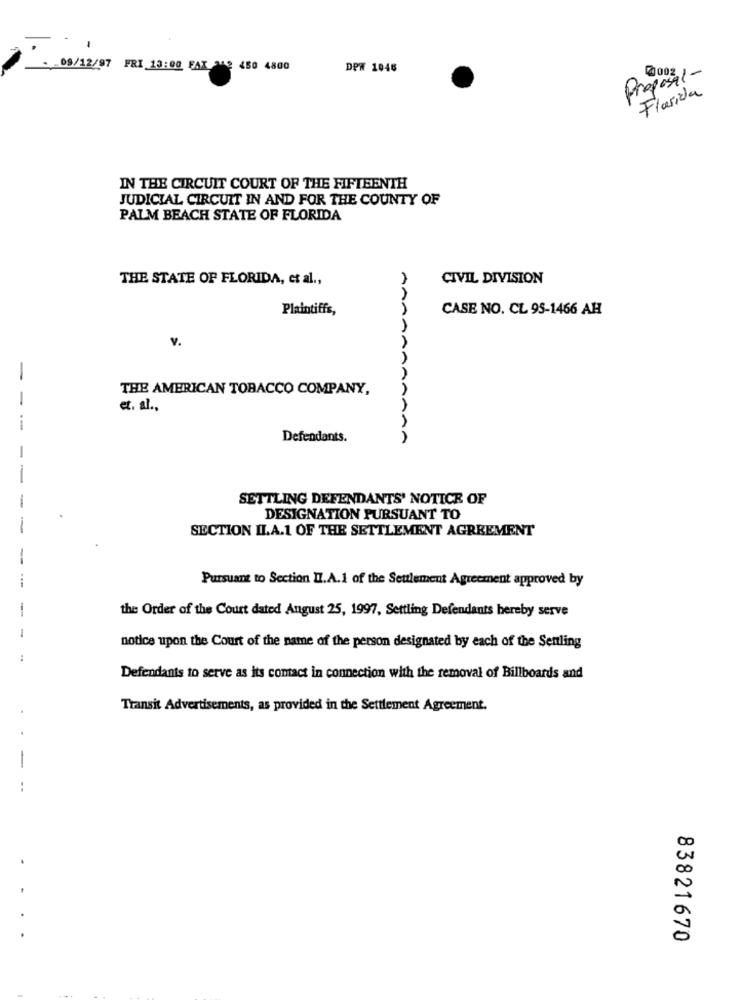
.
.- 09/12/97 FRI 13:00 FAX 242 450 4800
DP# 1046
Proposal-
2 003
Florida
IN THE CIRCUIT COURT OF THE FIFTEENTH
JUDICIAL CIRCUIT IN AND FOR THE COUNTY OF
PALM BEACH STATE OF FLORIDA
THE STATE OF FLORIDA, et al .,
CIVIL DIVISION
Plaintiffs,
CASE NO. CL 95-1466 AH
v.
-
THE AMERICAN TOBACCO COMPANY,
et. al .,
Defendants.
AAAAAAAAAA
-
-
SETTLING DEFENDANTS' NOTICE OF
DESIGNATION PURSUANT TO
-
SECTION IL.A.1 OF THE SETTLEMENT AGREEMENT
-
Pursuant to Section II.A.1 of the Seulement Agreement approved by
-
the Order of the Court dated Angust 25, 1997, Settling Defendants hereby serve
-
notice upon the Court of the name of the person designated by each of the Sentling
:
Defendants to serve as its contact in connection with the removal of Billboards and
Transit Advertisements, as provided in the Settlement Agreement.
-
--
DO
DO
83821670